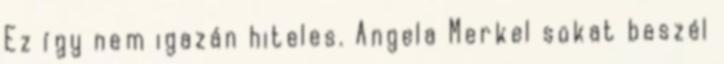
Ez így nem igazán hiteles. Angela Merkel sokat beszél